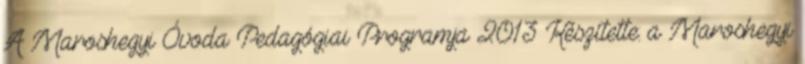
A Maroshegyi Óvoda Pedagógiai Programja 2013 Készítette: a Maroshegyi